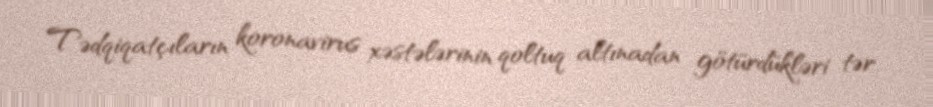
Tədqiqatçıların koronavirus xəstələrinin qoltuq altınadan götürdükləri tər